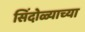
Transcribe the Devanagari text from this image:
सिंदोळ्याच्या